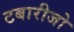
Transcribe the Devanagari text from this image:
टबारीजो